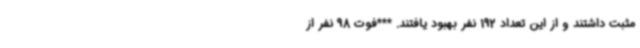
مثبت داشتند و از این تعداد 192 نفر بهبود یافتند. ***فوت 98 نفر از